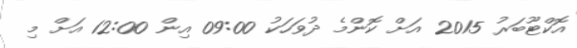
އޮކްޓޫބަރު 2015 އަށް ކޮންމެ ދުވަހަކު 09:00 އިން 12:00 އަށް މި